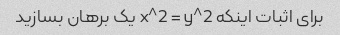
برای اثبات اینکه x^2 = y^2 یک برهان بسازید